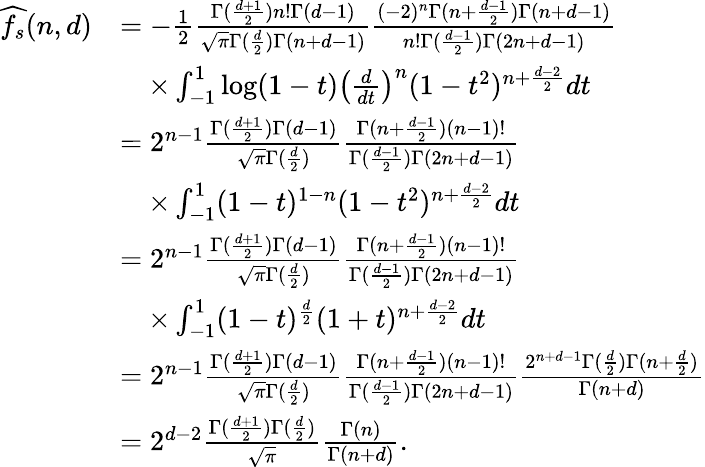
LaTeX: \begin{array}{rl}{\widehat{f_{s}}(n,d)}&{=-\frac{1}{2}\frac{\Gamma(\frac{d+1}{2})n!\Gamma(d-1)}{\sqrt{\pi}\Gamma(\frac{d}{2})\Gamma(n+d-1)}\frac{(-2)^{n}\Gamma(n+\frac{d-1}{2})\Gamma(n+d-1)}{n!\Gamma(\frac{d-1}{2})\Gamma(2n+d-1)}}\\ &{\quad\times\int_{-1}^{1}\log(1-t)\big(\frac{d}{dt}\big)^{n}(1-t^{2})^{n+\frac{d-2}{2}}dt}\\ &{=2^{n-1}\frac{\Gamma(\frac{d+1}{2})\Gamma(d-1)}{\sqrt{\pi}\Gamma(\frac{d}{2})}\frac{\Gamma(n+\frac{d-1}{2})(n-1)!}{\Gamma(\frac{d-1}{2})\Gamma(2n+d-1)}}\\ &{\quad\times\int_{-1}^{1}(1-t)^{1-n}(1-t^{2})^{n+\frac{d-2}{2}}dt}\\ &{=2^{n-1}\frac{\Gamma(\frac{d+1}{2})\Gamma(d-1)}{\sqrt{\pi}\Gamma(\frac{d}{2})}\frac{\Gamma(n+\frac{d-1}{2})(n-1)!}{\Gamma(\frac{d-1}{2})\Gamma(2n+d-1)}}\\ &{\quad\times\int_{-1}^{1}(1-t)^{\frac{d}{2}}(1+t)^{n+\frac{d-2}{2}}dt}\\ &{=2^{n-1}\frac{\Gamma(\frac{d+1}{2})\Gamma(d-1)}{\sqrt{\pi}\Gamma(\frac{d}{2})}\frac{\Gamma(n+\frac{d-1}{2})(n-1)!}{\Gamma(\frac{d-1}{2})\Gamma(2n+d-1)}\frac{2^{n+d-1}\Gamma(\frac{d}{2})\Gamma(n+\frac{d}{2})}{\Gamma(n+d)}}\\ &{=2^{d-2}\frac{\Gamma(\frac{d+1}{2})\Gamma(\frac{d}{2})}{\sqrt{\pi}}\frac{\Gamma(n)}{\Gamma(n+d)}.}\end{array}